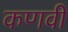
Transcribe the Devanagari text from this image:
कणवी